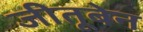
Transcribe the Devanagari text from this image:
जीतूबेन